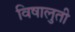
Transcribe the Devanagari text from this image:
विषालुती